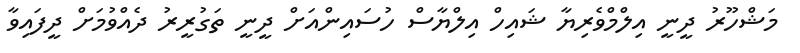
މަޝްހޫރު ދީނީ އިލްމްވެރިޔާ ޝައިހް އިލްޔާސް ހުސައިންއަށް ދީނީ ތަގުރީރު ދެއްވުމަށް ދީފައިވާ